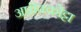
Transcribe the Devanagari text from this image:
अष़ीक्कोट्टा